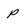
Character: p